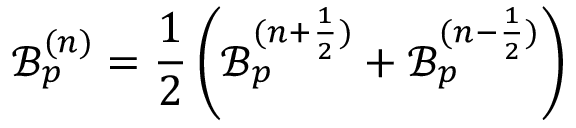
\mathcal { B } _ { p } ^ { ( n ) } = \frac { 1 } { 2 } \left( \mathcal { B } _ { p } ^ { ( n + \frac { 1 } { 2 } ) } + \mathcal { B } _ { p } ^ { ( n - \frac { 1 } { 2 } ) } \right)